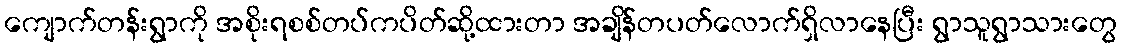
ကျောက်တန်းရွာကို အစိုးရစစ်တပ်ကပိတ်ဆို့ထားတာ အချိန်တပတ်လောက်ရှိလာနေပြီး ရွာသူရွာသားတွေ